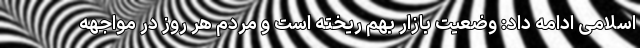
اسلامی ادامه داد: وضعیت بازار بهم ریخته است و مردم هر روز در مواجهه